Scottish Leaving Certificate Examination, 1961
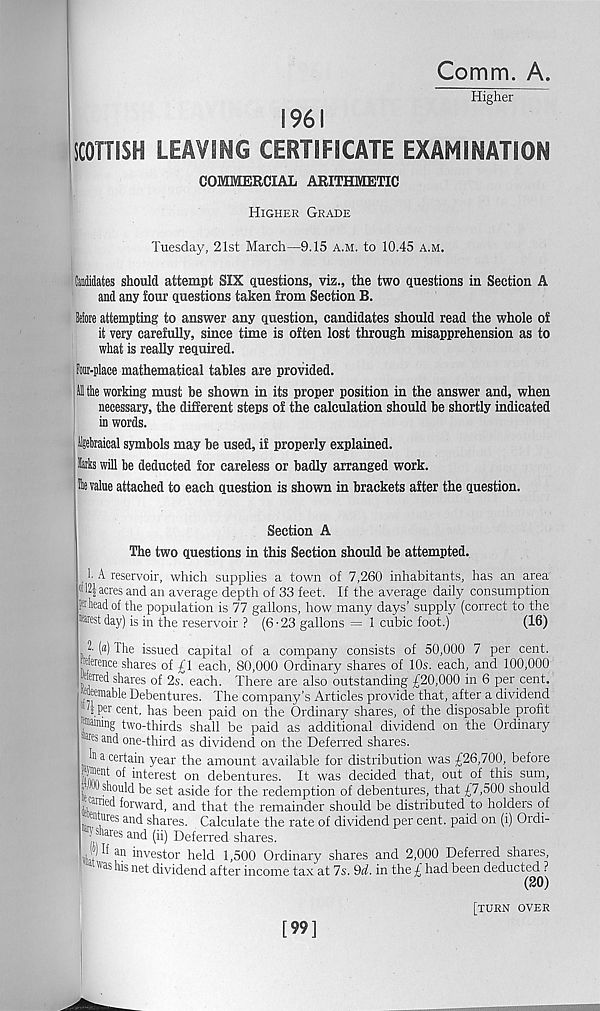
Comm. A.
Higher
1961
SCOTTISH LEAVING CERTIFICATE EXAMINATION
COMMERCIAL ARITHMETIC
Higher Grade
Tuesday, 21st March—9.15 a.m. to 10.45 a.m.
Midates should attempt SIX questions, viz., the two questions in Section A
and any four questions taken from Section B.
Before attempting to answer any question, candidates should read the whole of
it very carefully, since time is often lost through misapprehension as to
what is really required.
Four-place mathematical tables are provided.
Ml the working must be shown in its proper position in the answer and, when
necessary, the different steps of the calculation should be shortly indicated
in words.
ttraical symbols may be used, if properly explained.
larks will be deducted for careless or badly arranged work.
Ho value attached to each question is shown in brackets after the question.
Section A
The two questions in this Section should be attempted.
1- A reservoir, which supplies a town of 7,260 inhabitants, has an area
® 121 acres and an average depth of 33 feet. If the average daily consumption
phead of the population is 77 gallons, how many days’ supply (correct to the
West day) is in the reservoir ? (6-23 gallons = 1 cubic foot.)
(16)
Sfita
1)1
1 («) The issued capital of a company consists of 50,000 7 per cent.
Werence shares of £1 each, 80,000 Ordinary shares of 10s. each, and 100,000
„ , re d shares of 2s. each. There are also outstanding £20,000 in 6 per cent,
enable Debentures. The company’s Articles provide that, after a dividend
(per cent, has been paid on the Ordinary shares, of the disposable profit
■ Warning two-thirds shall be paid as additional dividend on the Ordinary
res an d one-third as dividend on the Deferred shares.
I" a certain year the amount available for distribution was £26,700, before
°f interest on debentures. It was decided that, out of this sum,
l ” should be set aside for the redemption of debentures, that £7,500 should
earned forward, and that the remainder should be distributed to holders of
’ * ures an d shares. Calculate the rate of dividend per cent, paid on (i) Ordi-
68 anC^
Deferred shares.
\) If an investor held 1,500 Ordinary shares and 2,000 Deferred shares,
' vas hls net dividend after income tax at 7s. M. in the £ had been deducted ?
(20)
[turn over
[99]